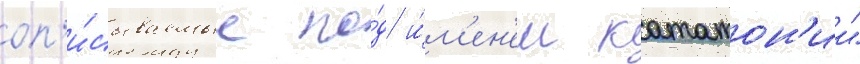
оп'и́сываемые по́д и́м'ен'ем кататон'ии"